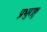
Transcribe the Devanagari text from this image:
प्रभुराष्ट्र